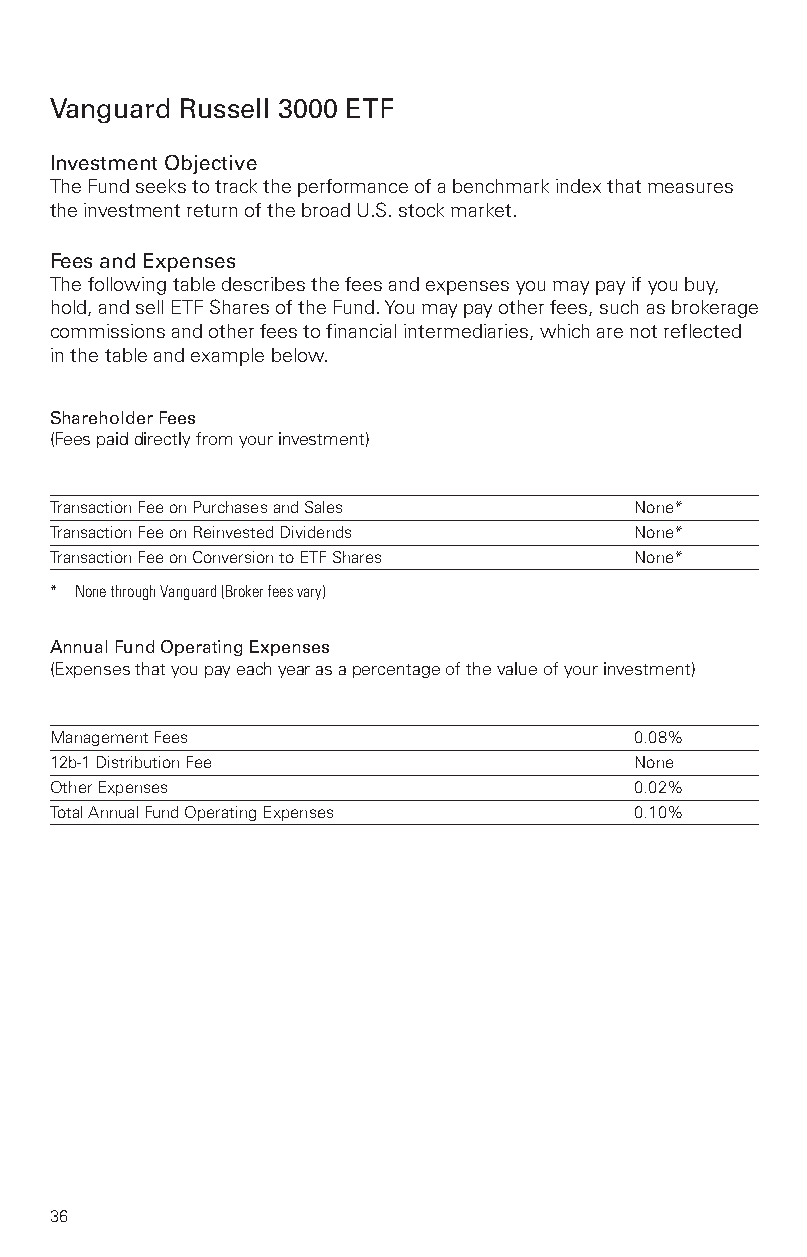
Vanguard Russell 3000 ETF
 InvestmentObjective
 TheFundseekstotracktheperformanceofabenchmarkindexthatmeasures
 theinvestmentreturnofthebroadU.S.stockmarket.
 FeesandExpenses
 Thefollowingtabledescribesthefeesandexpensesyoumaypayifyoubuy,
 hold,andsellETFSharesoftheFund.Youmaypayotherfees,suchasbrokerage
 commissionsandotherfeestofinancialintermediaries,whicharenotreflected
 inthetableandexamplebelow.
 ShareholderFees
 (Feespaiddirectlyfromyourinvestment)
 TransactionFeeonPurchasesandSales      None*
 TransactionFeeonReinvestedDividends    None*
 TransactionFeeonConversiontoETFShares  None*
 * NonethroughVanguard(Brokerfeesvary)
 AnnualFundOperatingExpenses
 (Expensesthatyoupayeachyearasapercentageofthevalueofyourinvestment)
 ManagementFees                         0.08%
 12b-1DistributionFee                   None
 OtherExpenses                          0.02%
 TotalAnnualFundOperatingExpenses       0.10%
 36